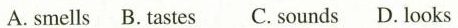
A.smells B.tastes C.sounds D.looks